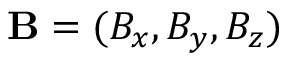
\mathbf { B } = ( B _ { x } , B _ { y } , B _ { z } )